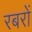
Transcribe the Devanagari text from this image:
रबरों